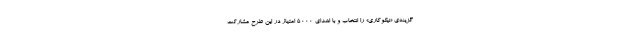
گزینه‌ی «نیکوکاری» را انتخاب و با اهدای ۵۰۰۰ امتیاز در این طرح مشارکت